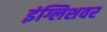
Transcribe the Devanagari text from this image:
इंग्लिशवर